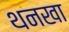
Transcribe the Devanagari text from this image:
थनखा